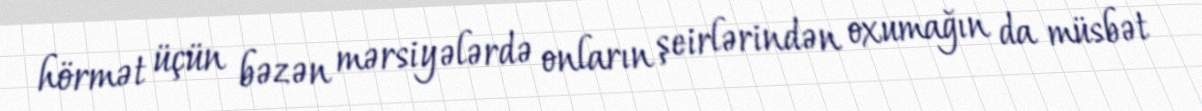
hörmət üçün bəzən mərsiyələrdə onların şeirlərindən oxumağın da müsbət